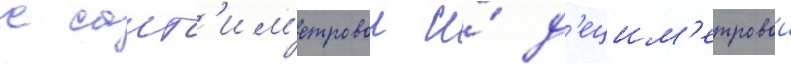
с сант'им'етровои и́ д'ецим'етровои